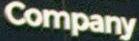
Company